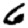
Digit: 6